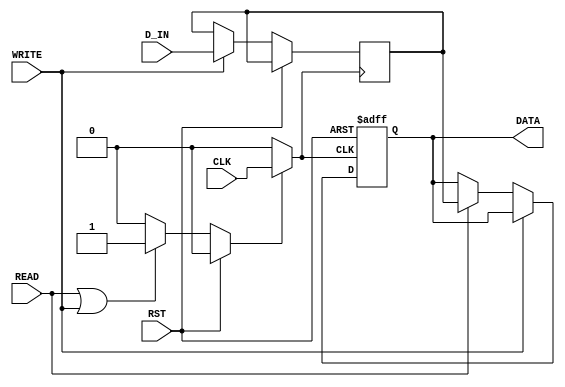
module conditional_clock_gating (
    input wire CLK,          // Primary clock signal
    input wire RST,          // Reset signal
    input wire READ,         // Read request signal
    input wire WRITE,        // Write request signal
    output reg [7:0] DATA,   // Data output
    input wire [7:0] D_IN    // Data input for write operations
);

    // Gating control signal
    reg GATE;
    wire GCLK; // Gated clock signal

    // Clock Gating Cell
    assign GCLK = GATE ? CLK : 1'b0;

    // Memory block (simple register array for demonstration)
    reg [7:0] memory [0:15]; // 16 x 8-bit memory

    // Control logic to generate GATE signal
    always @(*) begin
        if (RST) begin
            GATE = 1'b0; // Disable clock gating on reset
        end else if (READ || WRITE) begin
            GATE = 1'b1; // Enable clock gating during read/write
        end else begin
            GATE = 1'b0; // Disable clock gating when idle
        end
    end

    // Memory operations
    always @(posedge GCLK or posedge RST) begin
        if (RST) begin
            // Reset memory or perform any necessary reset actions
            DATA <= 8'b0;
        end else if (WRITE) begin
            // Write operation
            memory[0] <= D_IN; // Example: writing to address 0
        end else if (READ) begin
            // Read operation
            DATA <= memory[0]; // Example: reading from address 0
        end
    end

endmodule